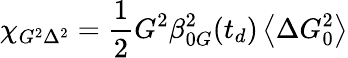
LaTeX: \chi_{G^{2}\Delta^{2}}=\frac{1}{2}G^{2}\beta_{0G}^{2}(t_{d})\left\langle\Delta G_{0}^{2}\right\rangle